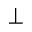
\perp